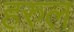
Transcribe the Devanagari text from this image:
हरुल